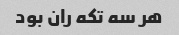
هر سه تکه ران بود